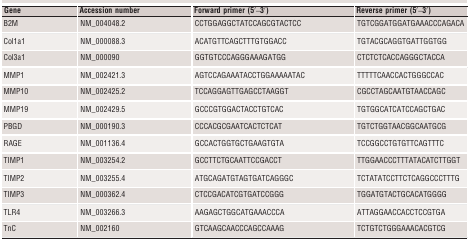
| Gene | Accession number | Forward primer (5′–3′) | Reverse primer (5′–3′) |
 | --- | --- | --- | --- |
 | B2M | NM_004048.2 | CCTGGAGGCTATCCAGCGTACTCC | TGTCGGATGGATGAAACCCAGACA |
 | Col1a1 | NM_000088.3 | ACATGTTCAGCTTTGTGGACC | TGTACGCAGGTGATTGGTGG |
 | Col3a1 | NM_000090 | GGTGTCCCAGGGAAAGATGG | CTCTCTCACCAGGGCTACCA |
 | MMP1 | NM_002421.3 | AGTCCAGAAATACCTGGAAAAATAC | TTTTTCAACCACTGGGCCAC |
 | MMP10 | NM_002425.2 | TCCAGGAGTTGAGCCTAAGGT | CGCCTAGCAATGTAACCAGC |
 | MMP19 | NM_002429.5 | GCCCGTGGACTACCTGTCAC | TGTGGCATCATCCAGCTGAC |
 | PBGD | NM_000190.3 | CCCACGCGAATCACTCTCAT | TGTCTGGTAACGGCAATGCG |
 | RAGE | NM_001136.4 | GCCACTGGTGCTGAAGTGTA | TCCGGCCTGTGTTCAGTTTC |
 | TIMP1 | NM_003254.2 | GCCTTCTGCAATTCCGACCT | TTGGAACCCTTTATACATCTTGGT |
 | TIMP2 | NM_003255.4 | ATGCAGATGTAGTGATCAGGGC | TCTATATCCTTCTCAGGCCCTTTG |
 | TIMP3 | NM_000362.4 | CTCCGACATCGTGATCCGGG | TGGATGTACTGCACATGGGG |
 | TLR4 | NM_003266.3 | AAGAGCTGGCATGAAACCCA | ATTAGGAACCACCTCCGTGA |
 | TnC | NM_002160 | GTCAAGCAACCCAGCCAAAG | TCTGTCTGGGAAACACGTCG |